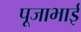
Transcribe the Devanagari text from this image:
पूजाभाई